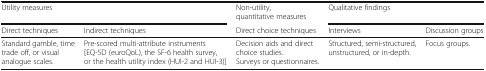
| <COLSPAN=2> Utility measures | Non-utility, quantitative measures | <COLSPAN=2> Qualitative findings |
 | Direct techniques | Indirect techniques | Direct choice techniques | Interviews | Discussion groups |
 | --- | --- | --- | --- | --- |
 | Standard gamble, time trade off, or visual analogue scales. | Pre-scored multi-attribute instruments [EQ-5D (euroQoL), the SF-6 health survey, or the health utility index (HUI-2 and HUI-3)] | Decision aids and direct choice studies.Surveys or questionnaires. | Structured, semi-structured, unstructured, or in-depth. | Focus groups. |